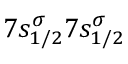
7 s _ { 1 / 2 } ^ { \sigma } 7 s _ { 1 / 2 } ^ { \sigma }